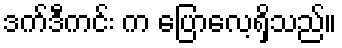
ဒက်ဒီကင်း က ပြောလေ့ရှိသည်။